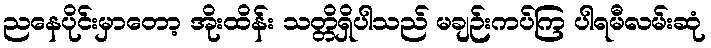
ညနေပိုင်းမှာတော့ အိုးထိန်း သတ္တိရှိပါသည် မချဉ်းကပ်ကြ ပါရမီလမ်းဆုံ